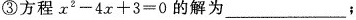
③方程$$x ^ { 2 } - 4 x + 3 = 0$$的解为___；